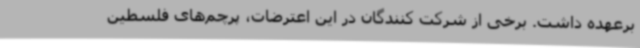
برعهده داشت. برخی از شرکت کنندگان در این اعترضات، پرچم‌های فلسطین